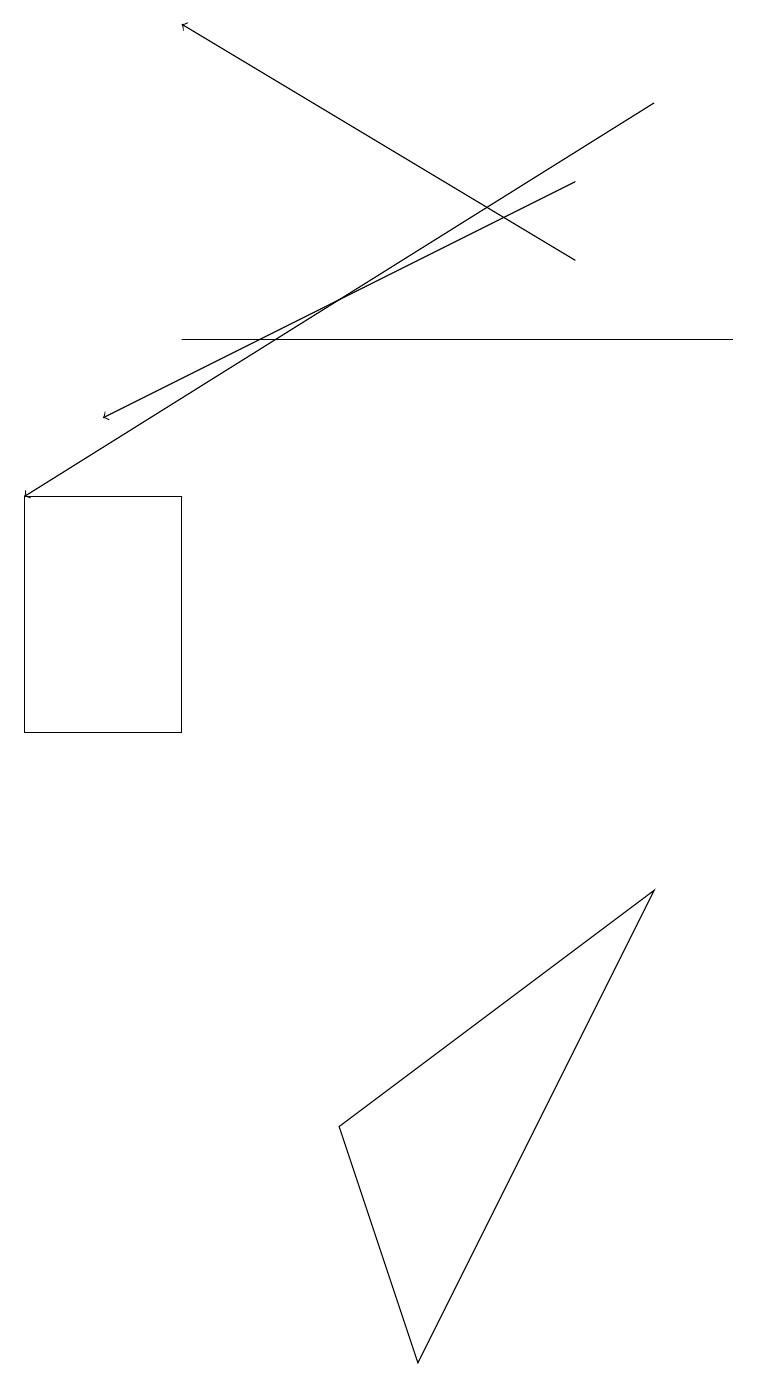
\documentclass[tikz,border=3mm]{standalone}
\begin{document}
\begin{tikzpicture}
\draw[->] (8,18) -- (0,13);
\draw (8,8) -- (4,5) -- (5,2) -- cycle;
\draw[->] (7,17) -- (1,14);
\draw (2,13) rectangle (0,10);
\draw (9,15) rectangle (2,15);
\draw[->] (7,16) -- (2,19);
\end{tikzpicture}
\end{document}